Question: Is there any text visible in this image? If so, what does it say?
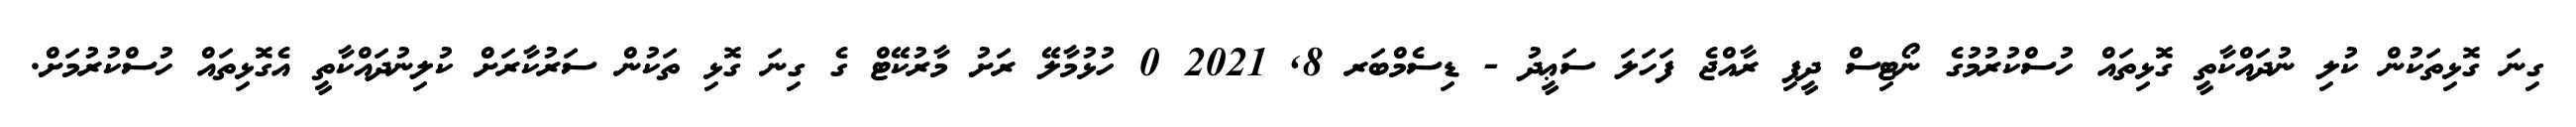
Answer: ގިނަ ގޮޅިތަކުން ކުލި ނުދައްކާތީ ގޮޅިތައް ހުސްކުރުމުގެ ނޯޓިސް ދީފި ރާއްޖެ ފަހަލަ ސަޢީދު - ޑިސެމްބަރ 8, 2021 0 ހުޅުމާލޭ ރަށު މާރުކޭޓް ގެ ގިނަ ގޮޅި ތަކުން ސަރުކާރަށް ކުލިނުދައްކާތީ އެގޮޅިތައް ހުސްކުރުމަށް.